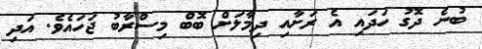
ބުނެ ދޮގު ހަދައި އެ ރަށާއި ދިމާލަށް ބޮބް މިސްރާބު ޖަހައެވެ. އަދި